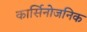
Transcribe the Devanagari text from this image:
कार्सिनोजनिक